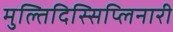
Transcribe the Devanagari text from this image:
मुल्तिदिस्सिप्लिनारी